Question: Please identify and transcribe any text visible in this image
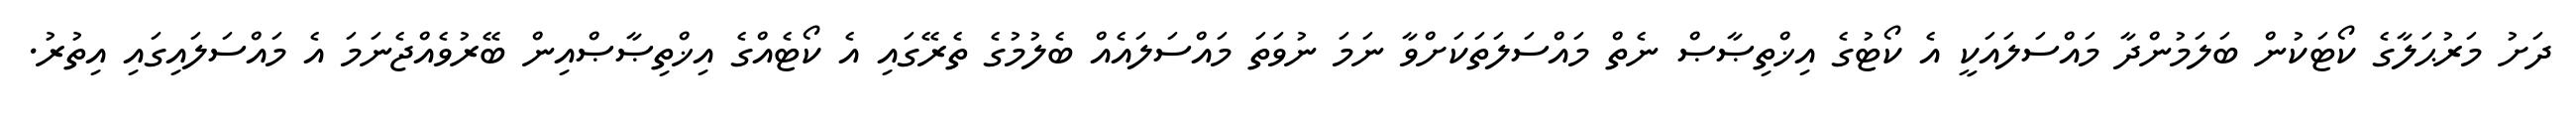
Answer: ދަށު މަރުޙަލާގެ ކޯޓަކުން ބަލަމުންދާ މައްސަލައަކީ އެ ކޯޓުގެ އިޚްތިޞާޞް ނެތް މައްސަލަތަކަށްވާ ނަމަ ނުވަތަ މައްސަލައެއް ބެލުމުގެ ތެރޭގައި އެ ކޯޓެއްގެ އިޚްތިޞާޞްއިން ބޭރުވެއްޖެނަމަ އެ މައްސަލައިގައި އިތުރު.